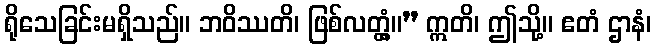
ရိုသေခြင်းမရှိသည်။ ဘဝိဿတိ၊ ဖြစ်လတ္တံ့။” ဣတိ၊ ဤသို့။ ဧတံ ဌာနံ၊